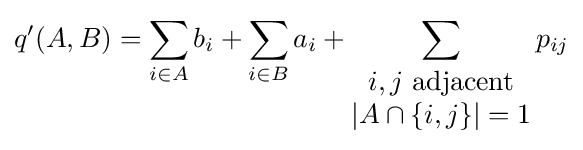
q'(A,B)=\sum _{i\in A}b_{i}+\sum _{i\in B}a_{i}+\sum _{\begin{matrix}i,j{\text{ adjacent}}\\|A\cap \{i,j\}|=1\end{matrix}}p_{ij}